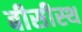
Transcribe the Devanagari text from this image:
बीसीस्थ